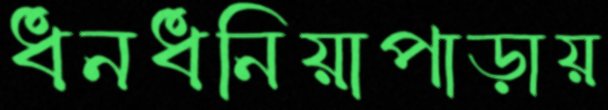
ধনধনিয়াপাড়ায়